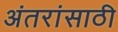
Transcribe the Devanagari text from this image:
अंतरांसाठी